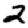
Digit: 2